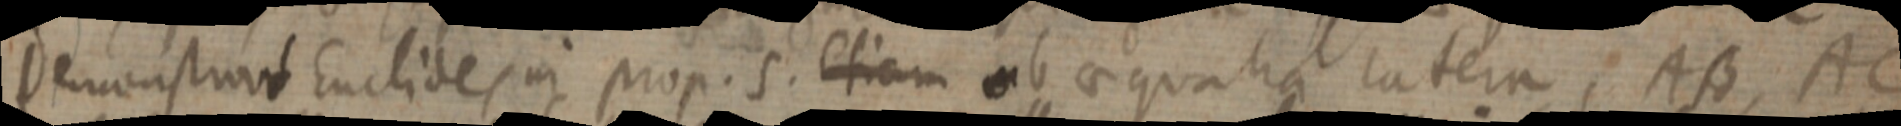
Demonstrant Euclides in prop. 5. etiam ab aequalia latera, AB, AC